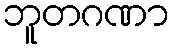
ဘူတဂဏာ